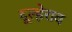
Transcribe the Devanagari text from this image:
दूल्हेराव